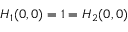
H _ { 1 } ( 0 , 0 ) = 1 = H _ { 2 } ( 0 , 0 )